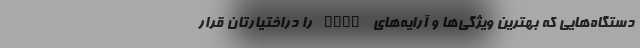
دستگاه‌هایی که بهترین ویژگی‌ها و آرایه‌های RAID را دراختیارتان قرار